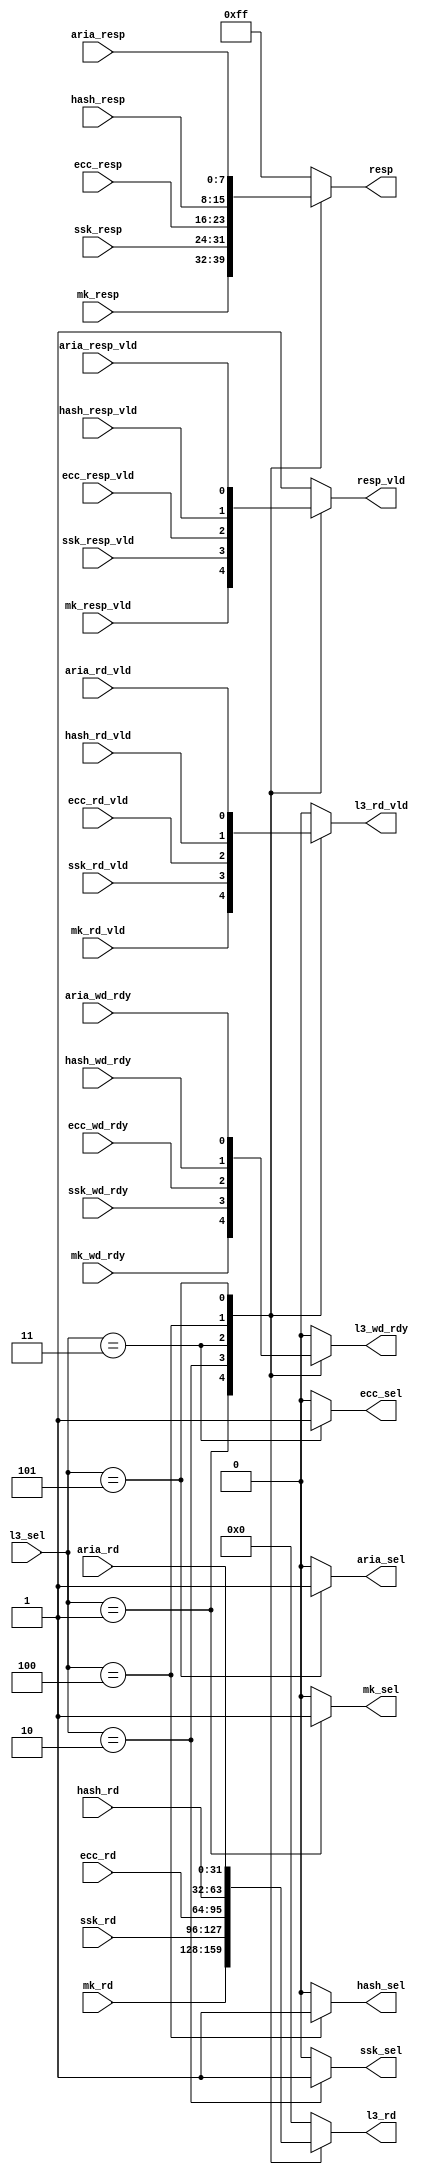
module bridge (/*AUTOARG*/
   // Outputs
   l3_rd, l3_rd_vld, l3_wd_rdy, resp, resp_vld, mk_sel, ecc_sel, aria_sel,
   ssk_sel, hash_sel,
   // Inputs
   l3_sel, mk_resp_vld, mk_rd, mk_rd_vld, mk_resp, mk_wd_rdy, ecc_resp_vld,
   ecc_rd, ecc_rd_vld, ecc_resp, ecc_wd_rdy, aria_resp_vld, aria_rd,
   aria_rd_vld, aria_resp, aria_wd_rdy, ssk_resp_vld, ssk_rd, ssk_rd_vld,
   ssk_resp, ssk_wd_rdy, hash_resp_vld, hash_rd, hash_rd_vld, hash_resp,
   hash_wd_rdy
   ) ;
   output [31:0]        l3_rd;
   output               l3_rd_vld;
   output               l3_wd_rdy;
   output [7:0]         resp;
   output               resp_vld;

   input [3:0]          l3_sel;

   output               mk_sel;
   input                mk_resp_vld;
   input [31:0]         mk_rd;
   input                mk_rd_vld;
   input [7:0]          mk_resp;
   input                mk_wd_rdy;

   output               ecc_sel;
   input                ecc_resp_vld;
   input [31:0]         ecc_rd;
   input                ecc_rd_vld;
   input [7:0]          ecc_resp;
   input                ecc_wd_rdy;

   output               aria_sel;
   input                aria_resp_vld;
   input [31:0]         aria_rd;
   input                aria_rd_vld;
   input [7:0]          aria_resp;
   input                aria_wd_rdy;

   output               ssk_sel;
   input                ssk_resp_vld;
   input [31:0]         ssk_rd;
   input                ssk_rd_vld;
   input [7:0]          ssk_resp;
   input                ssk_wd_rdy;

   output               hash_sel;
   input                hash_resp_vld;
   input [31:0]         hash_rd;
   input                hash_rd_vld;
   input [7:0]          hash_resp;
   input                hash_wd_rdy;



   reg                  mk_sel;
   reg                  ecc_sel;
   reg                  ssk_sel;
   reg                  hash_sel;
   reg                  aria_sel;


   reg [31:0]           l3_rd;
   reg                  l3_rd_vld;
   reg                  l3_wd_rdy;
   reg [7:0]            resp;
   reg                  resp_vld;


   always @ (*) begin
      mk_sel   = 0;
      ecc_sel  = 0;
      ssk_sel  = 0;
      hash_sel = 0;
      aria_sel = 0;
      case (l3_sel)
        4'd1 : mk_sel   = 1;
        4'd2 : ssk_sel  = 1;
        4'd3 : ecc_sel  = 1;
        4'd4 : hash_sel = 1;
        4'd5 : aria_sel = 1;
      endcase // case (l3_sel)
   end

   always @ (*) begin
      case (l3_sel)
        4'd1 : begin
           l3_rd     = mk_rd;
           l3_rd_vld = mk_rd_vld;
           l3_wd_rdy = mk_wd_rdy;
           resp      = mk_resp;
           resp_vld  = mk_resp_vld;
        end
        4'd2 : begin
           l3_rd     = ssk_rd;
           l3_rd_vld = ssk_rd_vld;
           l3_wd_rdy = ssk_wd_rdy;
           resp      = ssk_resp;
           resp_vld  = ssk_resp_vld;
        end
        4'd3 : begin
           l3_rd     = ecc_rd;
           l3_rd_vld = ecc_rd_vld;
           l3_wd_rdy = ecc_wd_rdy;
           resp      = ecc_resp;
           resp_vld  = ecc_resp_vld;
        end
        4'd4 : begin
           l3_rd     = hash_rd;
           l3_rd_vld = hash_rd_vld;
           l3_wd_rdy = hash_wd_rdy;
           resp      = hash_resp;
           resp_vld  = hash_resp_vld;
        end
        4'd5 : begin
           l3_rd     = aria_rd;
           l3_rd_vld = aria_rd_vld;
           l3_wd_rdy = aria_wd_rdy;
           resp      = aria_resp;
           resp_vld  = aria_resp_vld;
        end
        default : begin
           l3_rd     = 32'd0;
           l3_rd_vld = 1'b0;
           l3_wd_rdy = 1'b0;
           resp      = 8'b11111111;
           resp_vld  = 1'b1;
        end
      endcase // case (l3_rd)
   end

endmodule // bridge